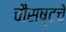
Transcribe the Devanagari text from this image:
चौसष्टचे